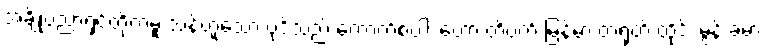
အချို့ပညာရှင်တို့ကမူ သန်ဟူသော ပုဒ်သည် ကောက်စပါး ဟော တိဗက် မြန်မာ တရုတ် ထိုင်း မွန် ခမာ